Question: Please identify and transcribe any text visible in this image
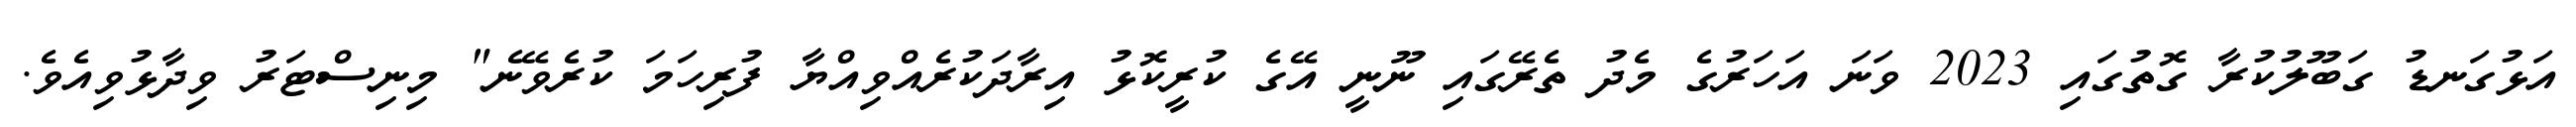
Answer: އަޅުގަނޑު ގަބޫލުކުރާ ގޮތުގައި 2023 ވަނަ އަހަރުގެ މެދު ތެރޭގައި ނޫނީ އޭގެ ކުރީކޮޅު އިރާދަކުރެއްވިއްޔާ ފުރިހަމަ ކުރެވޭނެ" މިނިސްޓަރު ވިދާޅުވިއެވެ.